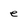
Character: e